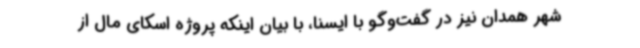
شهر همدان نیز در گفت‌وگو با ایسنا، با بیان اینکه پروژه اسکای مال از